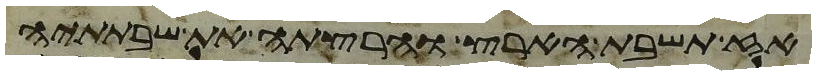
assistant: אז תשבת הארץ והרצתה את שבתתיה